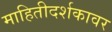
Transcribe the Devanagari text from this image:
माहितीदर्शकावर